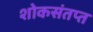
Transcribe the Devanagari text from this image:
शोकसंतप्त